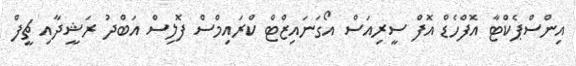
އިންސްޕެކްޓާ އޮފްހެޑް އޮފް ސީރިއަސް އޯގަނައިޒްޓް ކްރައިމްސް ފޮލިސް އަބްދު ރަޝީދާއި ޗީފް